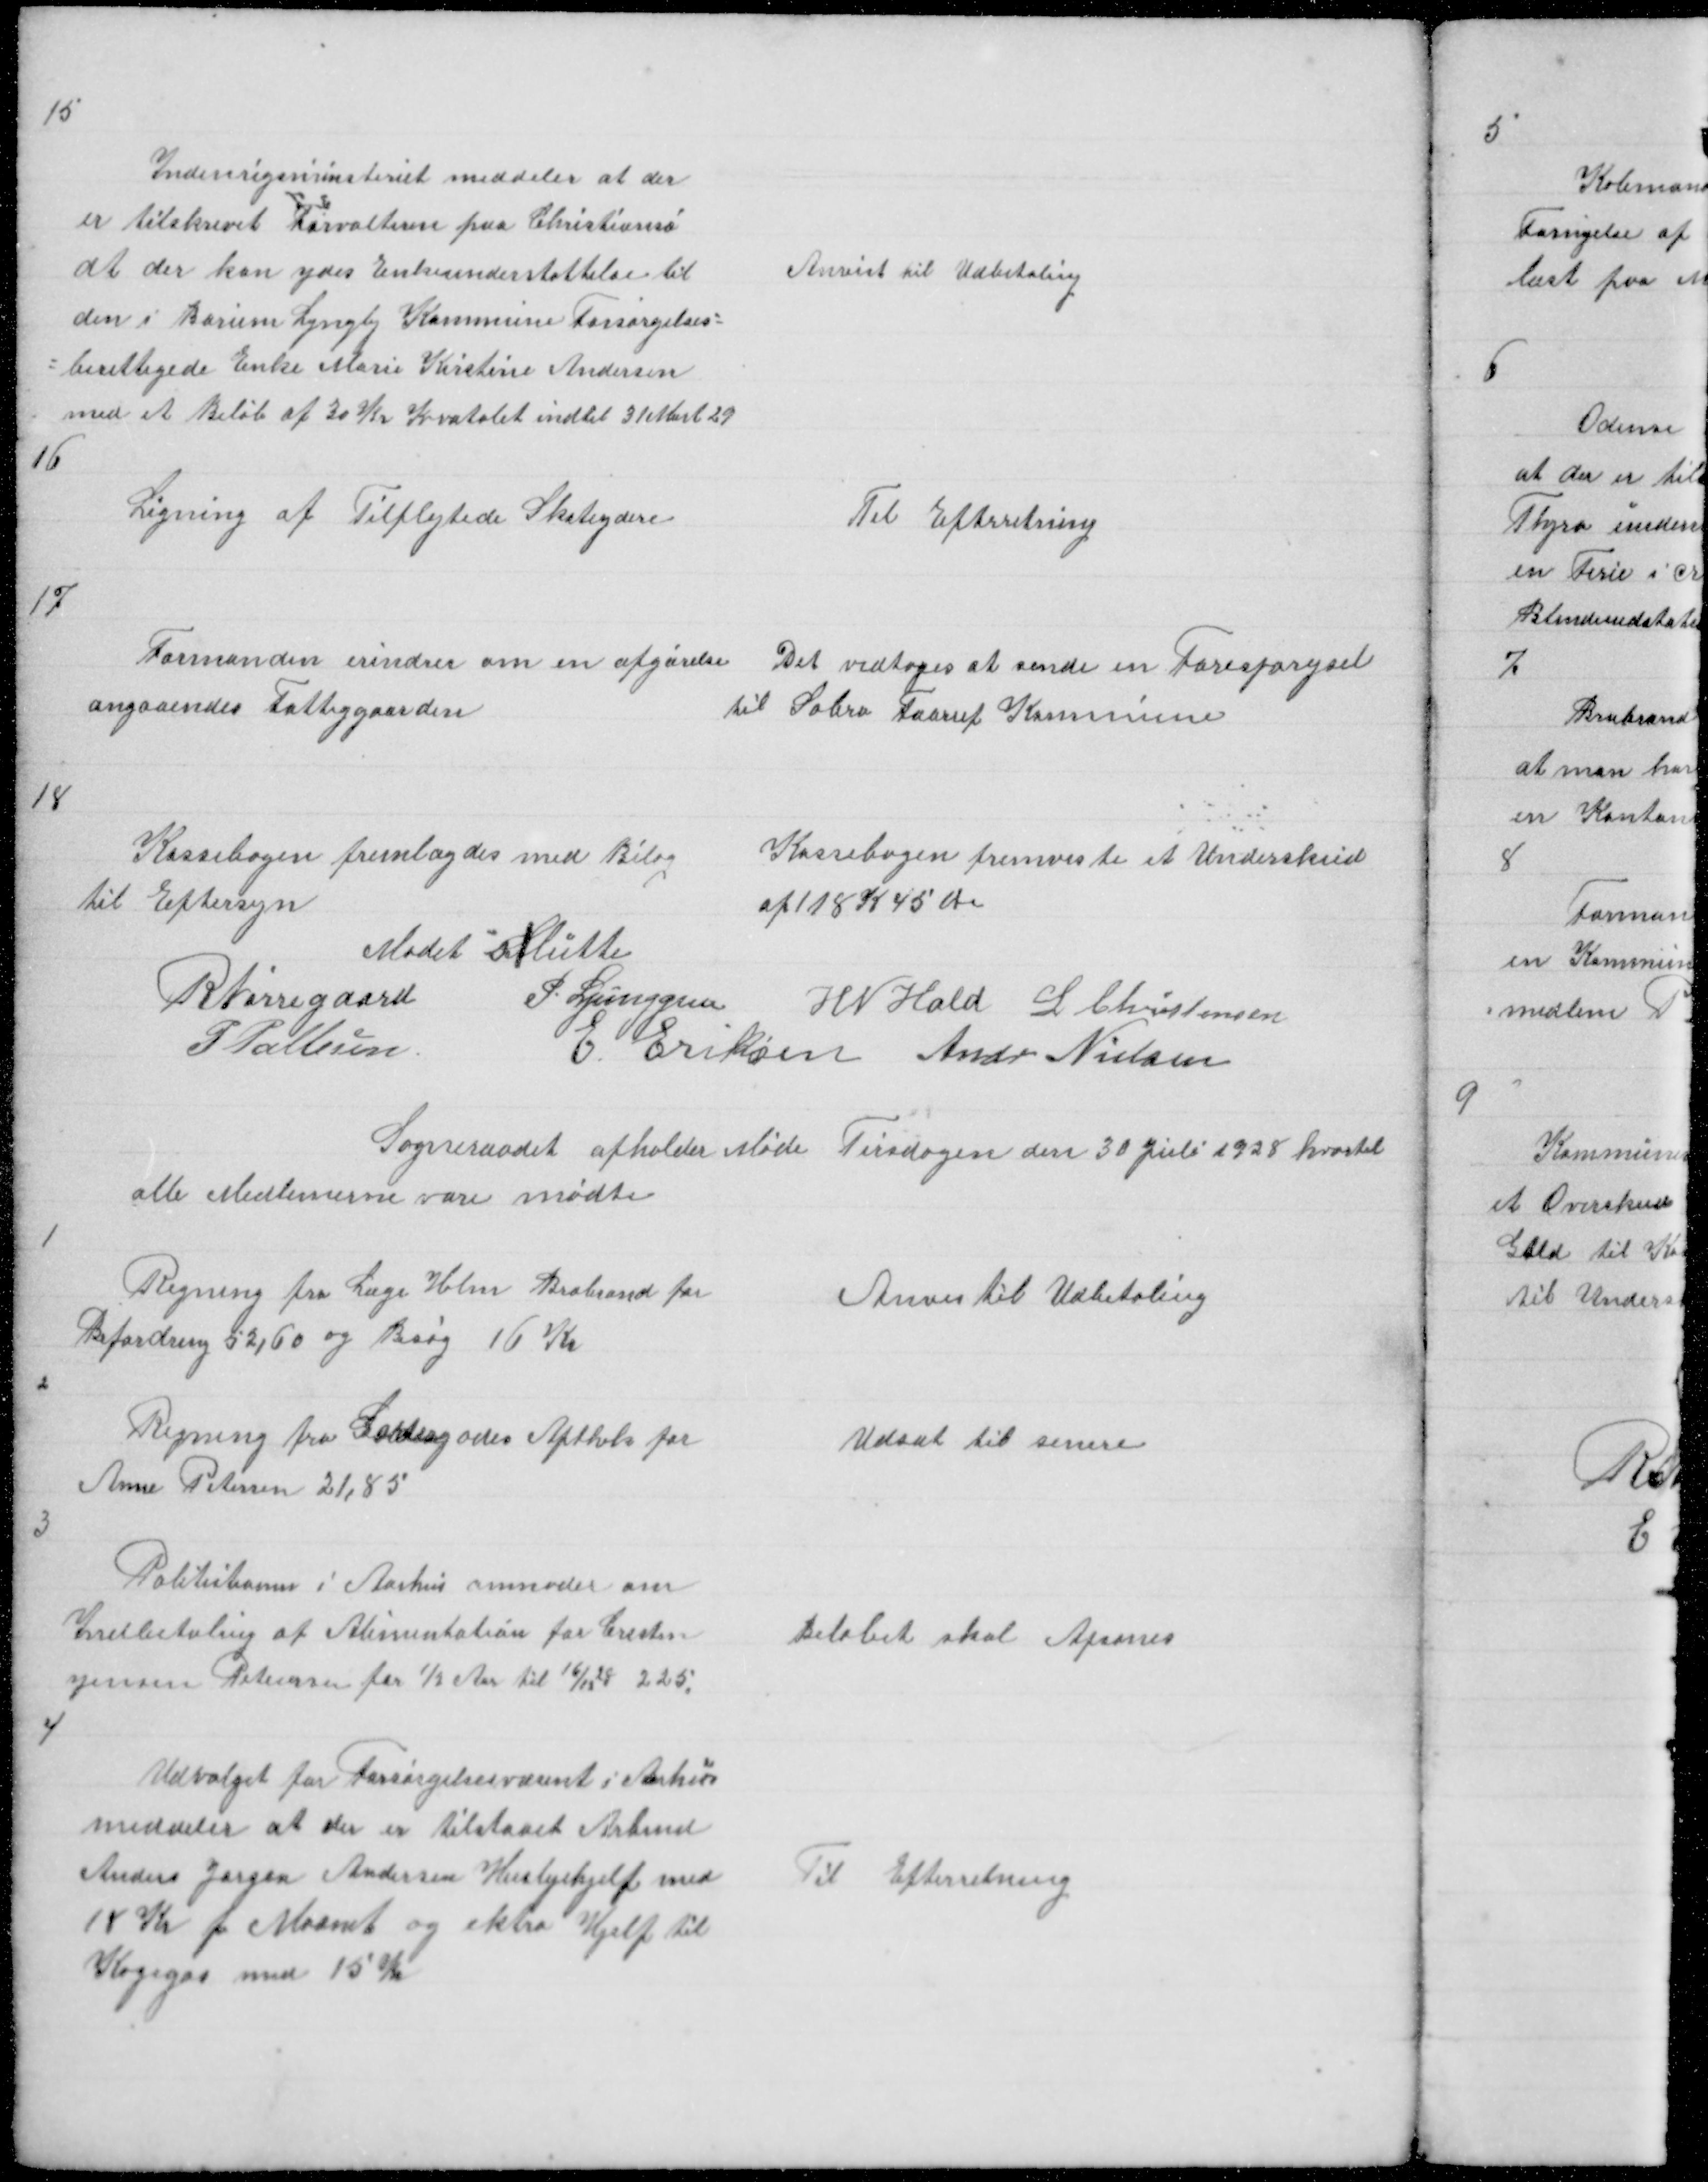
Transskription:
15

Inderigsministeriet meddeler at der
er tilskrevet Forvalteren paa Christiansø
at der kan ydes Enkeunderstøttelse til
den i Borum Lyngby Kommune Forsørgelses =
= berettigede Enke Marie Kristine Andersen
med et Beløb af 30 Kr Kvartalet indtil 31 Marts 29

Anvist til Udbetaling

16

Ligning af Tilflytede Skateydere

Til Efterretning

17

Formanden erindrer om en afgørelse
angaaendes Fattiggaarden

Det vedtoges at sende en Forespørgsel
til Sabro Faarup Kommune

18

Kassebogen fremlagdes med Bilag
til Eftersyn

Kassebogen fremviste et Underskud
af 118 K 45 Øre

Mødet Slutte

R Nørregaard
P Pallesen

P. Ljunggren H N Hald L Christensen
E Eriksen Andr Nielsen

Sogneraadet afholder Møde Tirsdagen den 30 Juli 1928 hvortil
alle Medlemerne vare mødte

1

Regning fra Læge Holm Brabrand for
Befordring 52,60 og Besøg 16 Kr

Anvis til Udbetaling

2

Regning fra Søndergades Apthek for
Anne Petersen 21,85

Udsat til senere

3

Politikamer i Aarhus anmoder om
Indbetaling af Alimentation for Chresten
Jensen Petersen for ½ Aar til 16/12 225.

Beløbet skal Afsones

4

Udvalget for Forsørgelsesvæsenet i Aarhus
meddeler at der er tilstaaet Arbmd
Anders Jørgen Andersen Huslejehjelp med
18 Kr p Maanet og ektra Hjelp til
Kogegas med 15 Kr

Til Efterretning